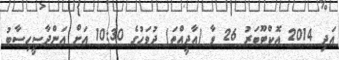
އަދި 2014 އޮކްޓޫބަރު 26 ވާ (އާދީއްތަ) ދުވަހުގެ 10:30 އަށް އަންދާސީހިސާބު